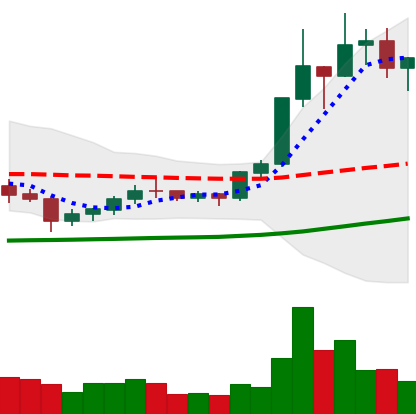
Ticker: XLM-USD
Chart end date: 2020-07-14
Forward return: 8.435%
Label: up_7plus